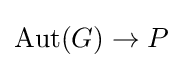
\mathrm {Aut} (G)\to P